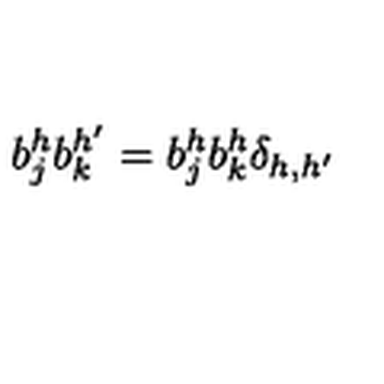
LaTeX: b _ { j } ^ { h } b _ { k } ^ { h ^ { \prime } } = b _ { j } ^ { h } b _ { k } ^ { h } \delta _ { h , h ^ { \prime } }